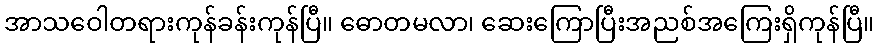
အာသဝေါတရားကုန်ခန်းကုန်ပြီ။ ဓောတမလာ၊ ဆေးကြောပြီးအညစ်အကြေးရှိကုန်ပြီ။